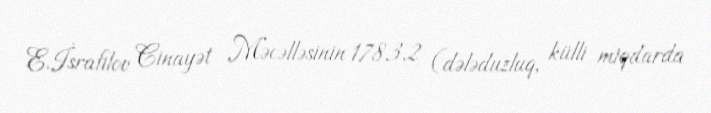
E.İsrafilov Cinayət Məcəlləsinin 178.3.2 (dələduzluq, külli miqdarda